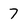
Character: 7